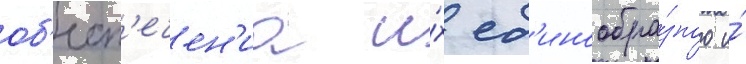
об'есп'ечен'иа и́х ед'инообра́зного и́